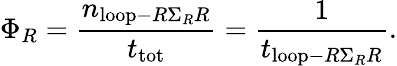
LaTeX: \Phi_{R}=\frac{n_{\mathrm{loop}-R\Sigma_{R}R}}{t_{\mathrm{tot}}}=\frac{1}{t_{\mathrm{loop}-R\Sigma_{R}R}}.